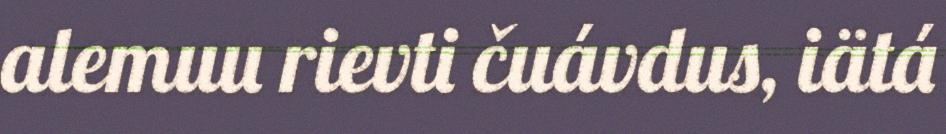
alemuu rievti čuávdus, iätá